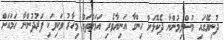
ދުނިޔޭގައި މުސްލިމުންނާ ދެކޮޅަށް ހިންގާ އަނިޔާވެރި އަމަލުތައް މިހާރު ވަކިވަކި ފަރުދުންނާ ހަމައަށް